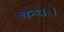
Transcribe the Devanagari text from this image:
बन्धः।